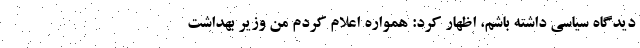
دیدگاه سیاسی داشته باشم، اظهار کرد: همواره اعلام کردم من وزیر بهداشت